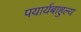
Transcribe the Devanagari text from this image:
पयार्यबाहुल्य